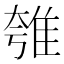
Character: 𨾺